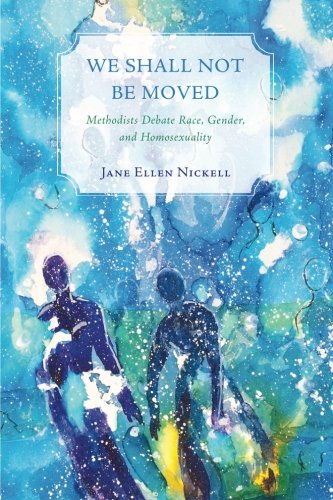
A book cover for We Shall Not Be Moved: Methodists Debate Race, Gender, and Homosexuality; Jane Ellen Nickell; Christian Books & Bibles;